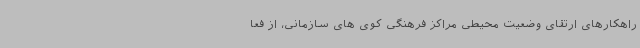
راهکارهای ارتقای وضعیت محیطی مراکز فرهنگی کوی های سازمانی، از فعا